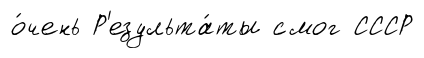
о́чень Р'езульта́ты смог СССР